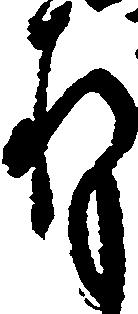
存